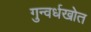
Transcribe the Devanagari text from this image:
गुन्वर्धखोत